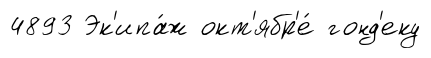
4893 Эк'ипа́ж окт'ябр'е́ гонд'еку